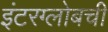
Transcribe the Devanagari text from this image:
इंटरग्लोबची